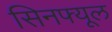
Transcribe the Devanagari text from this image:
सिनफ्यूल